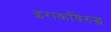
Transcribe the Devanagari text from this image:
इराकविरुद्ध